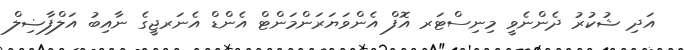
އަދި ޝުކުރު ދެންނެވީ މިނިސްޓަރ އޮފް އެންވަޔަރަންމަންޓް އެންޑް އެނަރޖީގެ ނާއިބު އަލްފާޟިލް